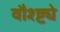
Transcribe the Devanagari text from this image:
वौश्ष्ट्ये